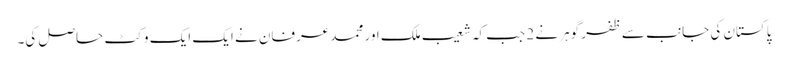
پاکستان کی جانب سے ظفر گوہر نے 2 جب کہ شعیب ملک اور محمد عرفان نے ایک ایک وکٹ حاصل کی۔